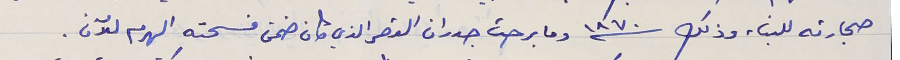
حجارته للبناء وذلك سنة ١٨٧٠ وما برحت جدران القصر الذي كان ضمن فسحته الهرم للآن.